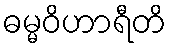
ဓမ္မဝိဟာရီတိ